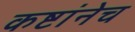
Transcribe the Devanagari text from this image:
कष्टांनेच